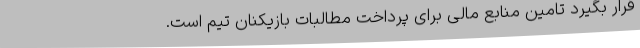
قرار بگیرد تامین منابع مالی برای پرداخت مطالبات بازیکنان تیم است.